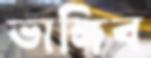
ভাঙ্গিব